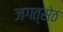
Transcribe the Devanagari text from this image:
जगत्सेठ